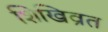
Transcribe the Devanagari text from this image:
शिखिव्रत